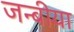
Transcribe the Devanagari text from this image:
जन्बीया